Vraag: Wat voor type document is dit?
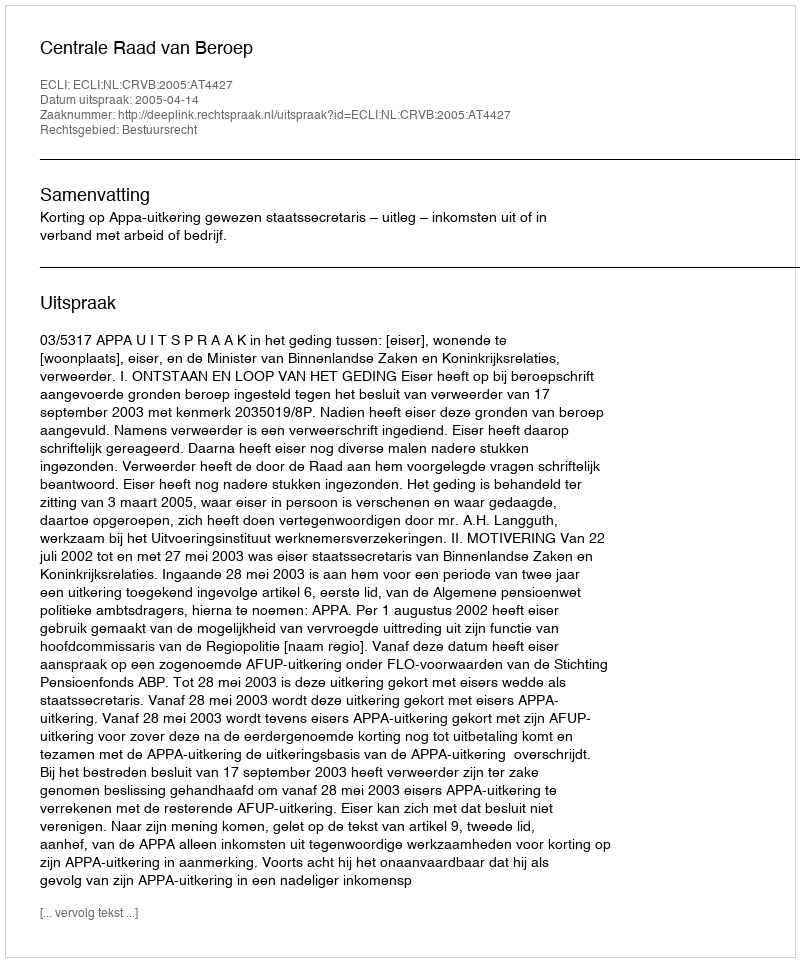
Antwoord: Uitspraak